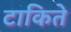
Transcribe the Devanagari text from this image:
टाकिते